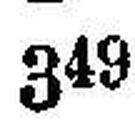
349